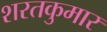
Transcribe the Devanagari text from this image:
शरतकुमार